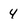
Character: 4